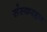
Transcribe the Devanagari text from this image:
संस्करहण